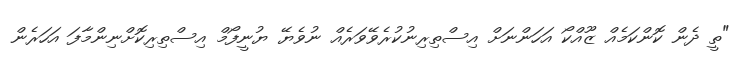
"ތީ ދެން ކޮންކަމެއް ޒޫއްކޯ އަހަންނަށް އިސްތިރިނުކުރެވޭވަރެއް ނުވެޔޭ ޔުނީފޯމް އިސްތިރިކޮށްނިންމާފަ އަހަރެން